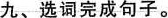
九、选词完成句子。